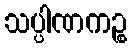
သပ္ပါဏကဉ္စ